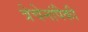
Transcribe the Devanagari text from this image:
त्रेचेनांपैकी